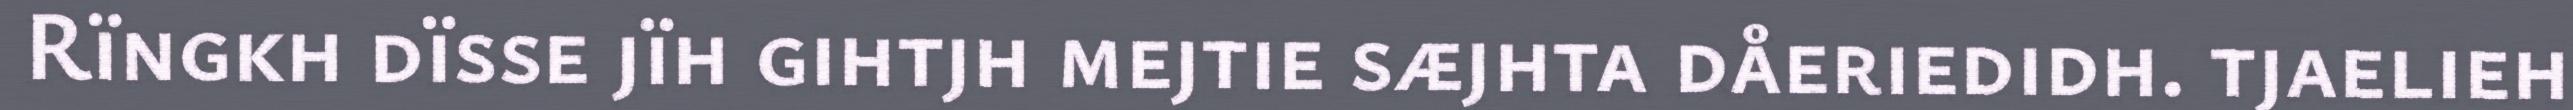
Rïngkh dïsse jïh gihtjh mejtie sæjhta dåeriedidh. tjaelieh